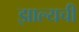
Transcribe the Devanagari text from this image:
झाल्यची